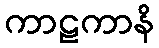
ကာဠကာနိ